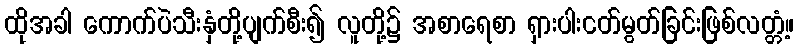
ထိုအခါ ကောက်ပဲသီးနှံတို့ပျက်စီး၍ လူတို့၌ အစာရေစာ ရှားပါးငတ်မွတ်ခြင်းဖြစ်လတ္တံ့။